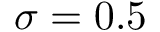
\sigma = 0 . 5